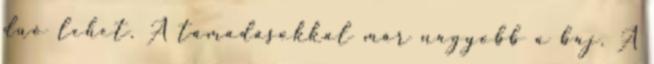
duó lehet. A támadásokkal már nagyobb a baj. A